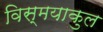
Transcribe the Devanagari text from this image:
विस्मयाकुल